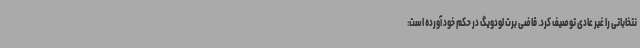
نتخاباتی را غیر عادی توصیف کرد. قاضی برت لودویگ در حکم خود آورده است: